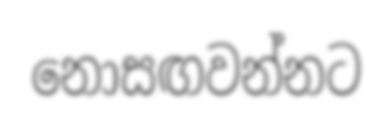
නොසඟවන්නට